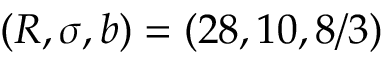
( R , \sigma , b ) = ( 2 8 , 1 0 , 8 / 3 )